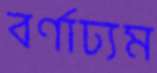
বর্ণাঢ্যম